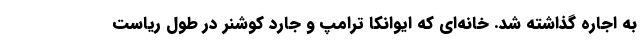
به اجاره گذاشته شد. خانه‌ای که ایوانکا ترامپ و جارد کوشنر در طول ریاست